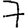
Digit: 7